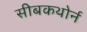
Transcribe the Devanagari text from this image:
सीबकथोर्न